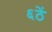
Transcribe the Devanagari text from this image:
६ठें